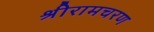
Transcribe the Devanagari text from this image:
श्रीरामचरण